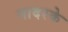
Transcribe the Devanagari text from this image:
नादरके